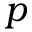
p